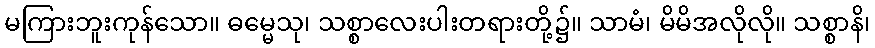
မကြားဘူးကုန်သော။ ဓမ္မေသု၊ သစ္စာလေးပါးတရားတို့၌။ သာမံ၊ မိမိအလိုလို။ သစ္စာနိ၊